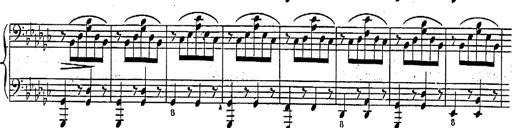
Title: Marche et Cavatine de Lucie de Lammermoor, S.398
Composer: Franz Liszt